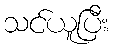
သင်ယူပြီး